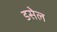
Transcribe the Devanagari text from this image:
डसेल